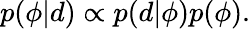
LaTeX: p(\phi|d)\propto p(d|\phi)p(\phi).